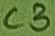
Text: C3